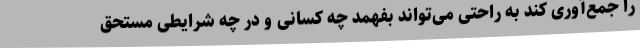
را جمع‌آوری کند به راحتی می‌تواند بفهمد چه کسانی و در چه شرایطی مستحق